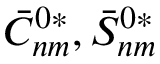
\bar { C } _ { n m } ^ { 0 * } , \bar { S } _ { n m } ^ { 0 * }